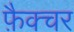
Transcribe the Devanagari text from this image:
फ़ैक्चर